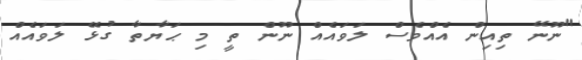
"ނޫނޭ ތިއިން އެއްވެސް ލަވައެއް ނޫން ތީ މި ޙަޔާތާ ގުޅޭ ލަވައެއް